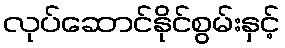
လုပ်ဆောင်နိုင်စွမ်းနှင့်